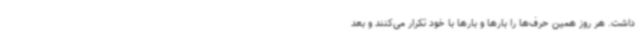
داشت. هر روز همین حرف‌ها را بارها و بارها با خود تکرار می‌کنند و بعد